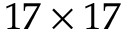
1 7 \times 1 7